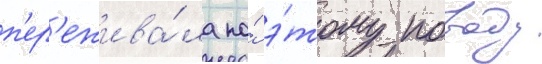
п'ер'ежива́ла по́ э́тому поводу